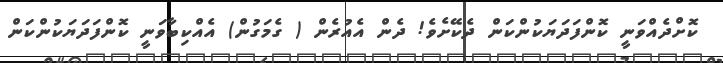
ކޮށްދެއްވަނީ ކޮންފަދަޔަކުންކަން ދެކޭށެވެ! ދެން އެއުރެން ( ގެމަގުން) އެއްކިބާވަނީ ކޮންފަދަޔަކުންކަން